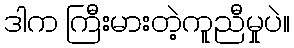
ဒါက ကြီးမားတဲ့ကူညီမှုပဲ။